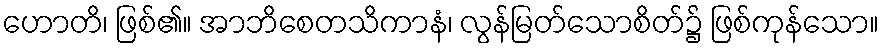
ဟောတိ၊ ဖြစ်၏။ အာဘိစေတသိကာနံ၊ လွန်မြတ်သောစိတ်၌ ဖြစ်ကုန်သော။